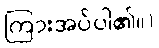
ကြားအပ်ပါ၏။)